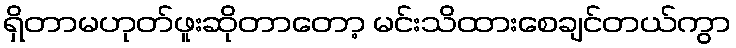
ရှိတာမဟုတ်ဖူးဆိုတာတော့ မင်းသိထားစေချင်တယ်ကွာ